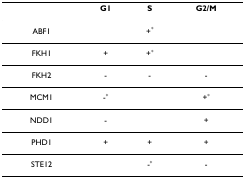
|  | G1 | S | G2/M |
 | --- | --- | --- | --- |
 | ABF1 |  | +* |  |
 | FKH1 | + | +* |  |
 | FKH2 | - | - | - |
 | MCM1 | -* |  | +* |
 | NDD1 | - |  | + |
 | PHD1 | + | + | + |
 | STE12 |  | -* | - |